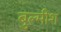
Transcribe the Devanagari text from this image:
बुल्मीश